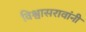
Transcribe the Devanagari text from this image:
विश्वासरावांनी